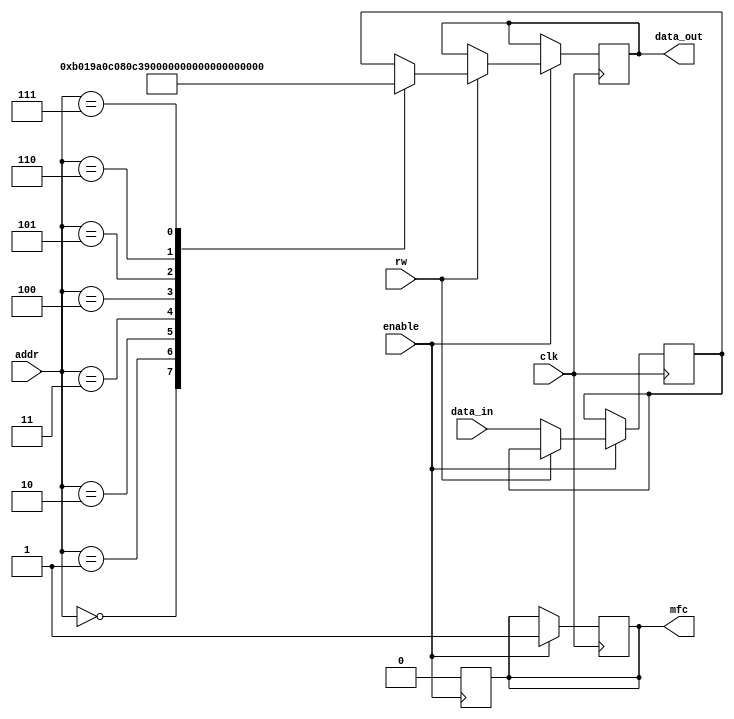
`timescale 10ns / 10ps

module memory(
	input clk, rw, enable,
	input	[15:0]	addr, data_in,
	output reg [15:0]	data_out,
	output	reg	mfc
);

reg	[15:0]	memory_cell; 

always @(posedge clk) begin
	if(enable) begin
		if (rw) begin
			case(addr)
			 16'd0:	data_out = 16'b1011000000011001;
			 16'd1:	data_out = 16'b1010000011000000;
			 16'd2:	data_out = 16'b1000000011000011;
			 16'd3:	data_out = 16'b1001000000000010;
			 16'd4:	data_out = 16'b0110000000000011;
			 16'd5:	data_out = 16'b0010000011000000;
			 16'd6:	data_out = 16'b1101000000000011;
			 16'd7:	data_out = 16'b1100000011000100;
			 default:	data_out = memory_cell;
			endcase
		 end
		else begin
			memory_cell = data_in;
		end
		#10 mfc = 1;
	end
end

always @(negedge enable) begin
 mfc = 0;
end
endmodule